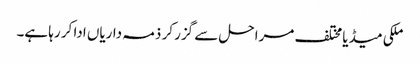
ملکی میڈیا مختلف مراحل سے گزر کر ذمہ داریاں ادا کر رہا ہے۔